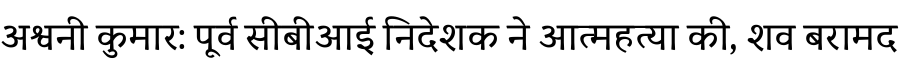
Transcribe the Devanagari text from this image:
अश्वनी कुमार: पूर्व सीबीआई निदेशक ने आत्महत्या की, शव बरामद